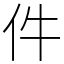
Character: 件